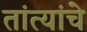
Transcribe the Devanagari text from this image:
तांत्यांचे